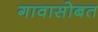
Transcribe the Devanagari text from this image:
गावासोबत